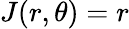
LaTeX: J(r,\theta)=r